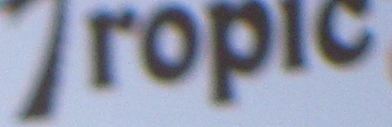
Tropic